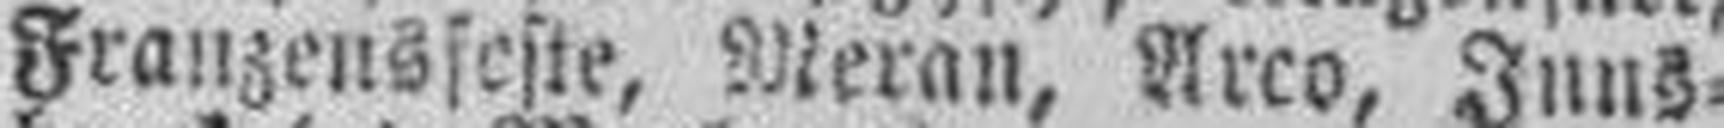
Franzensfeste, Meran, Arco, Inns¬